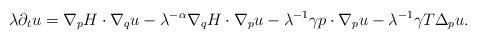
LaTeX: \begin{align*} \lambda\partial_t u = \nabla_p H \cdot \nabla_q u - \lambda^{-\alpha} \nabla_q H \cdot \nabla_p u - \lambda^{-1}\gamma p\cdot \nabla_p u - \lambda^{-1} \gamma T\Delta_p u. \end{align*}